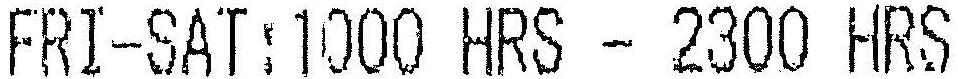
FRI-SAT:1000 HRS - 2300 HRS